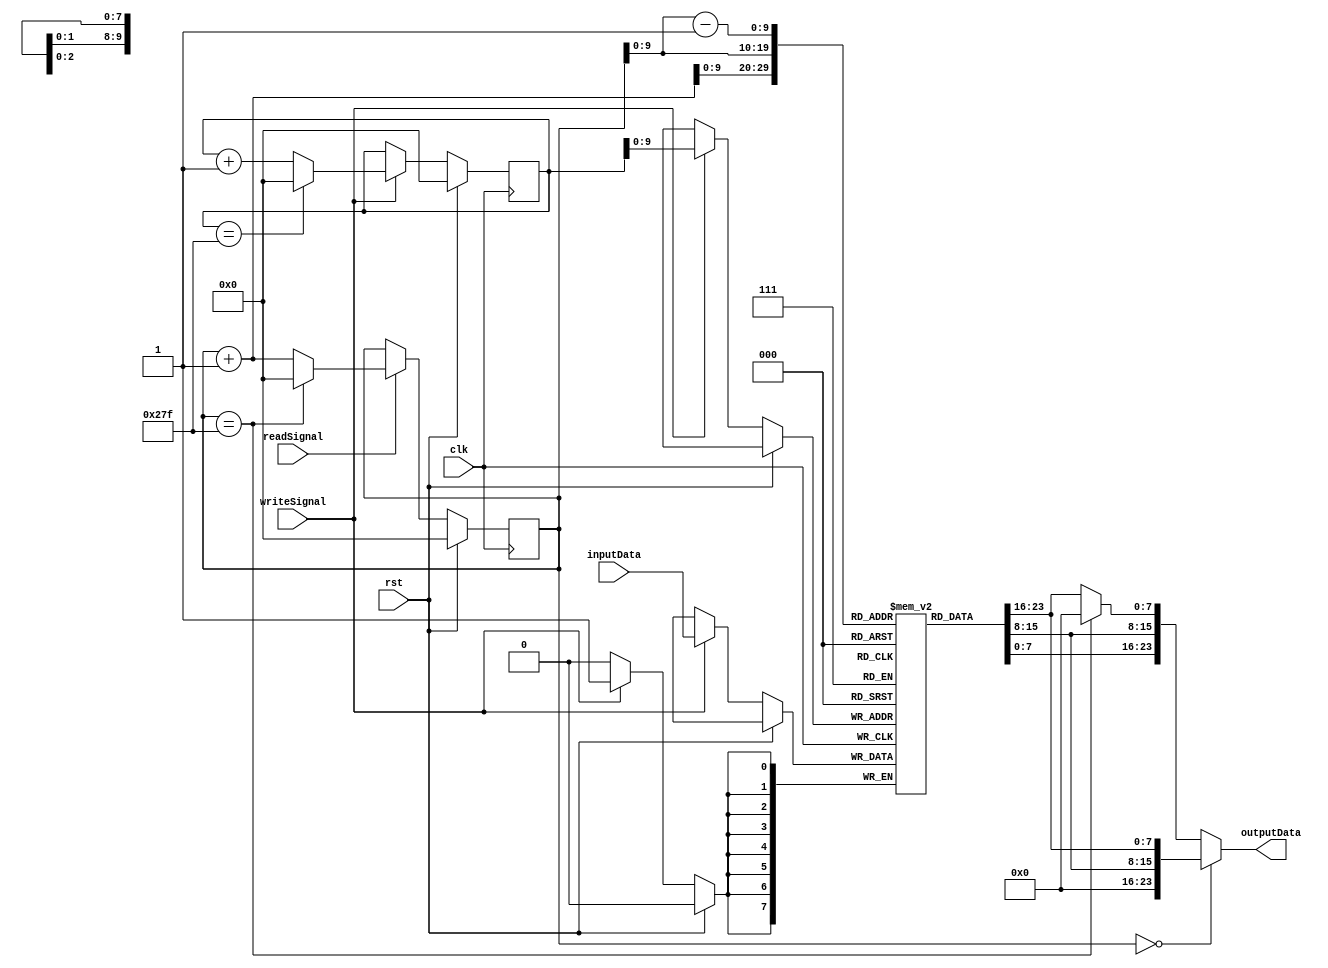
`timescale 1ns / 1ps
`define WIDTH 640

module Buffer(
input   clk, //clock
input   rst, //reset
input [7:0] inputData, //input data
input   writeSignal, //write signal
output reg [23:0] outputData, //output data
input readSignal //read Signal
);

reg [7:0] mem [`WIDTH-1:0]; //line buffer memory: 1bytes regs * WIDTH
reg [11:0] writePos; //write position: ceil(lg(WIDTH))
reg [11:0] readPos; //read position: ceil(lg(WIDTH))

always @(posedge clk) begin
	if(rst) begin
		writePos <= 0; //set pos to 0
		readPos <= 0; //set pos to 0
	end
	else begin
		if(writeSignal) begin
			mem[writePos] <= inputData; //store data
			if(writePos == `WIDTH-1)
				writePos <= 0;
			else
				writePos <= writePos + 1; //increase pos
		end
		if(readSignal) begin
			if(readPos == `WIDTH-1)
				readPos <= 0;
			else
				readPos <= readPos + 1; //increase pos
		end
	end
end

//output with zero-padding
always @(*) begin
	if(readPos == 0) 
		outputData <= {8'b0,mem[readPos],mem[readPos+1]};
	else if(readPos == `WIDTH-1)
		outputData <= {mem[readPos-1],mem[readPos],8'b0};
	else
		outputData <= {mem[readPos-1],mem[readPos],mem[readPos+1]};
end
endmodule